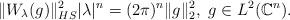
LaTeX: \begin{align*} \|W_{\lambda}(g)\|^2_{HS}|\lambda|^n=(2\pi)^n\|g\|_2^2, ~g\in L^2(\mathbb{C}^n).\end{align*}